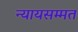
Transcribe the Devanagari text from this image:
न्यायसम्मत